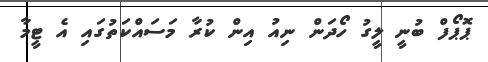
ޕޮޕޯފް ބުނީ ލީގު ހޯދަން ނިއު އިން ކުރާ މަސައްކަތުގައި އެ ޓީމާ